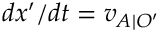
d x ^ { \prime } / d t = v _ { A \mid O ^ { \prime } }